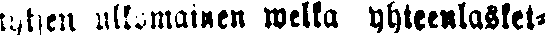
tyksen ulkomainen welka yhteenlasket-